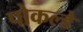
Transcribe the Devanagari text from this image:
पोकल्डे